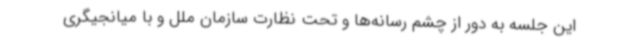
این جلسه به دور از چشم رسانه‌ها و تحت نظارت سازمان ملل و با میانجیگری